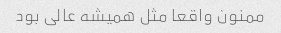
ممنون واقعا مثل همیشه عالی بود